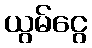
ယွမ်ငွေ